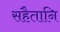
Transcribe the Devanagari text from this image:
सहैतानि